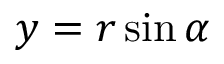
y = r \sin \alpha